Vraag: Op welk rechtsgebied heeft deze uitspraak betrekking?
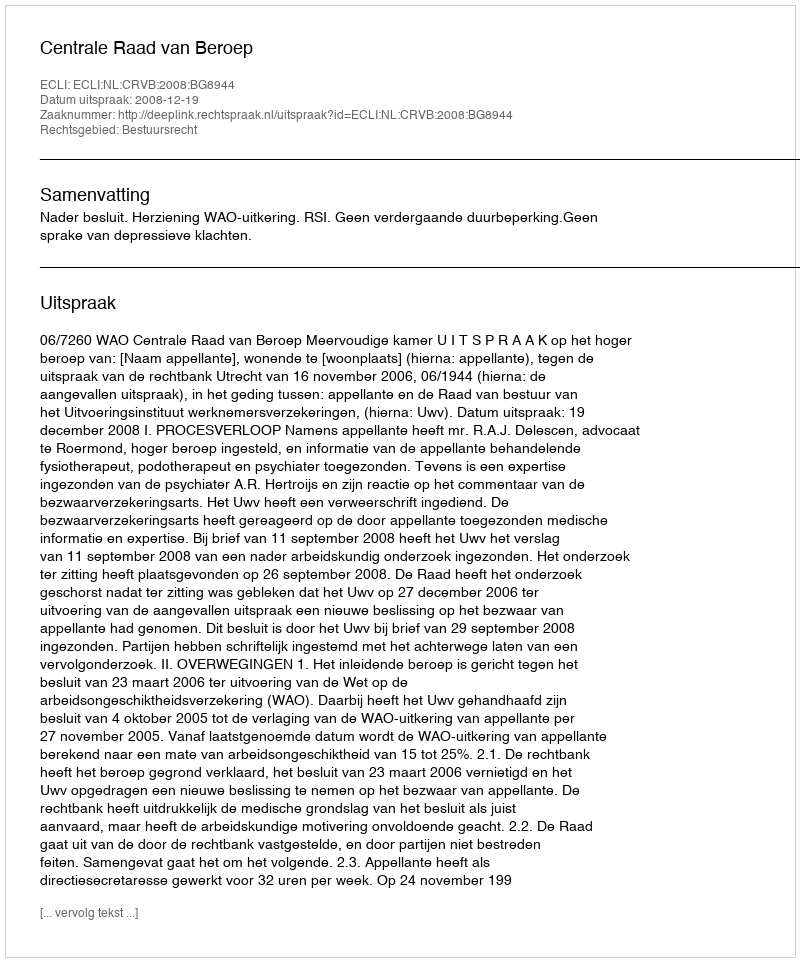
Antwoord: Bestuursrecht